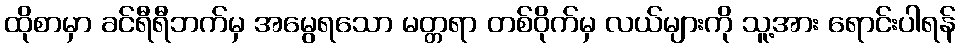
ထိုစာမှာ ခင်ရီရီဘက်မှ အမွေရသော မတ္တရာ တစ်ဝိုက်မှ လယ်များကို သူ့အား ရောင်းပါရန်